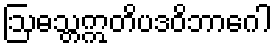
ဩဓသ္တဣတိပဒဝိဘာဂေါ